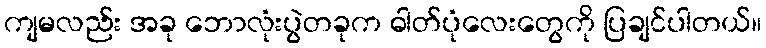
ကျမလည်း အခု ဘောလုံးပွဲတခုက ဓါတ်ပုံလေးတွေကို ပြချင်ပါတယ်။